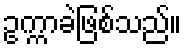
ဥက္ကာခဲဖြစ်သည်။